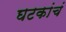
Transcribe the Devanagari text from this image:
घटकांचं